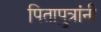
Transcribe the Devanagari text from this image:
पितापुत्रांनी